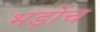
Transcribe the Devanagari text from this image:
भड़ोंच